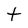
Character: t